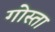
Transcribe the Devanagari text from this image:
गोस्ता